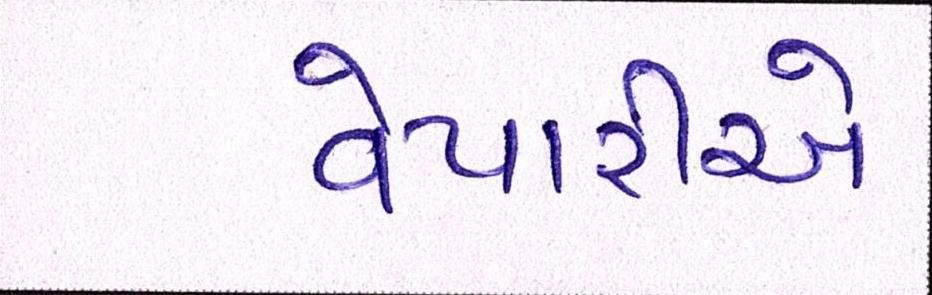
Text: વેપારીએ